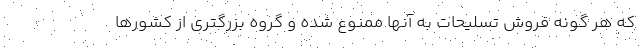
که هر گونه فروش تسلیحات به آنها ممنوع شده و گروه بزرگتری از کشورها